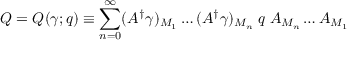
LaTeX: Q = Q ( \gamma ; q ) \equiv \sum _ { n = 0 } ^ { \infty } ( A ^ { \dagger } \gamma ) _ { M _ { 1 } } \ldots ( A ^ { \dagger } \gamma ) _ { M _ { n } } \; q \; A _ { M _ { n } } \ldots A _ { M _ { 1 } }